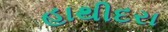
હાથીદરા